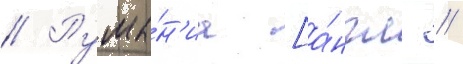
// Румы́н'иа [а́нгл. //